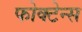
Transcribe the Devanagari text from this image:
फोक्टेन्स